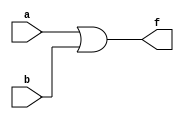
module ior2(f, a, b);
  output f;
  input a, b;
  
  assign f = a | b;

endmodule